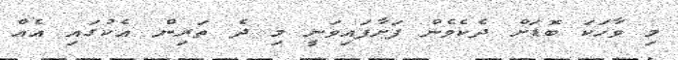
މި ވާހަކަ ބޮޑަށް ދެކެވެން ފަށާފައިވަނީ މި ދެ ތަރިން އެކުގައި އެއް